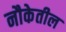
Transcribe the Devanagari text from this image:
नौकेतील